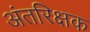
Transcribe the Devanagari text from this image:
अंतरिक्षक